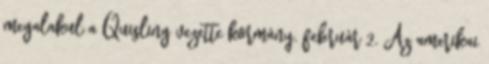
megalakul a Quisling vezette kormány. február 2. Az amerikai